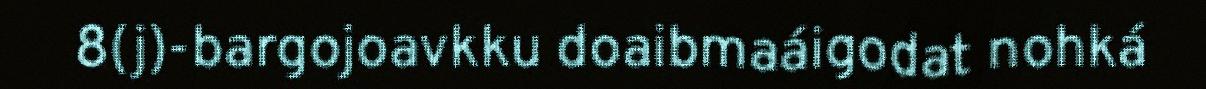
8(j)-bargojoavkku doaibmaáigodat nohká